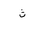
Letter: _tha